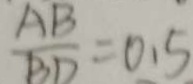
\frac { A B } { B D } = 0 . 5